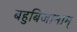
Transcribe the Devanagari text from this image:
बहुबिजानाम्